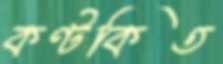
কণ্টকিত